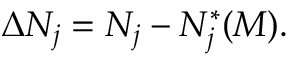
\Delta N _ { j } = N _ { j } - N _ { j } ^ { * } ( M ) .